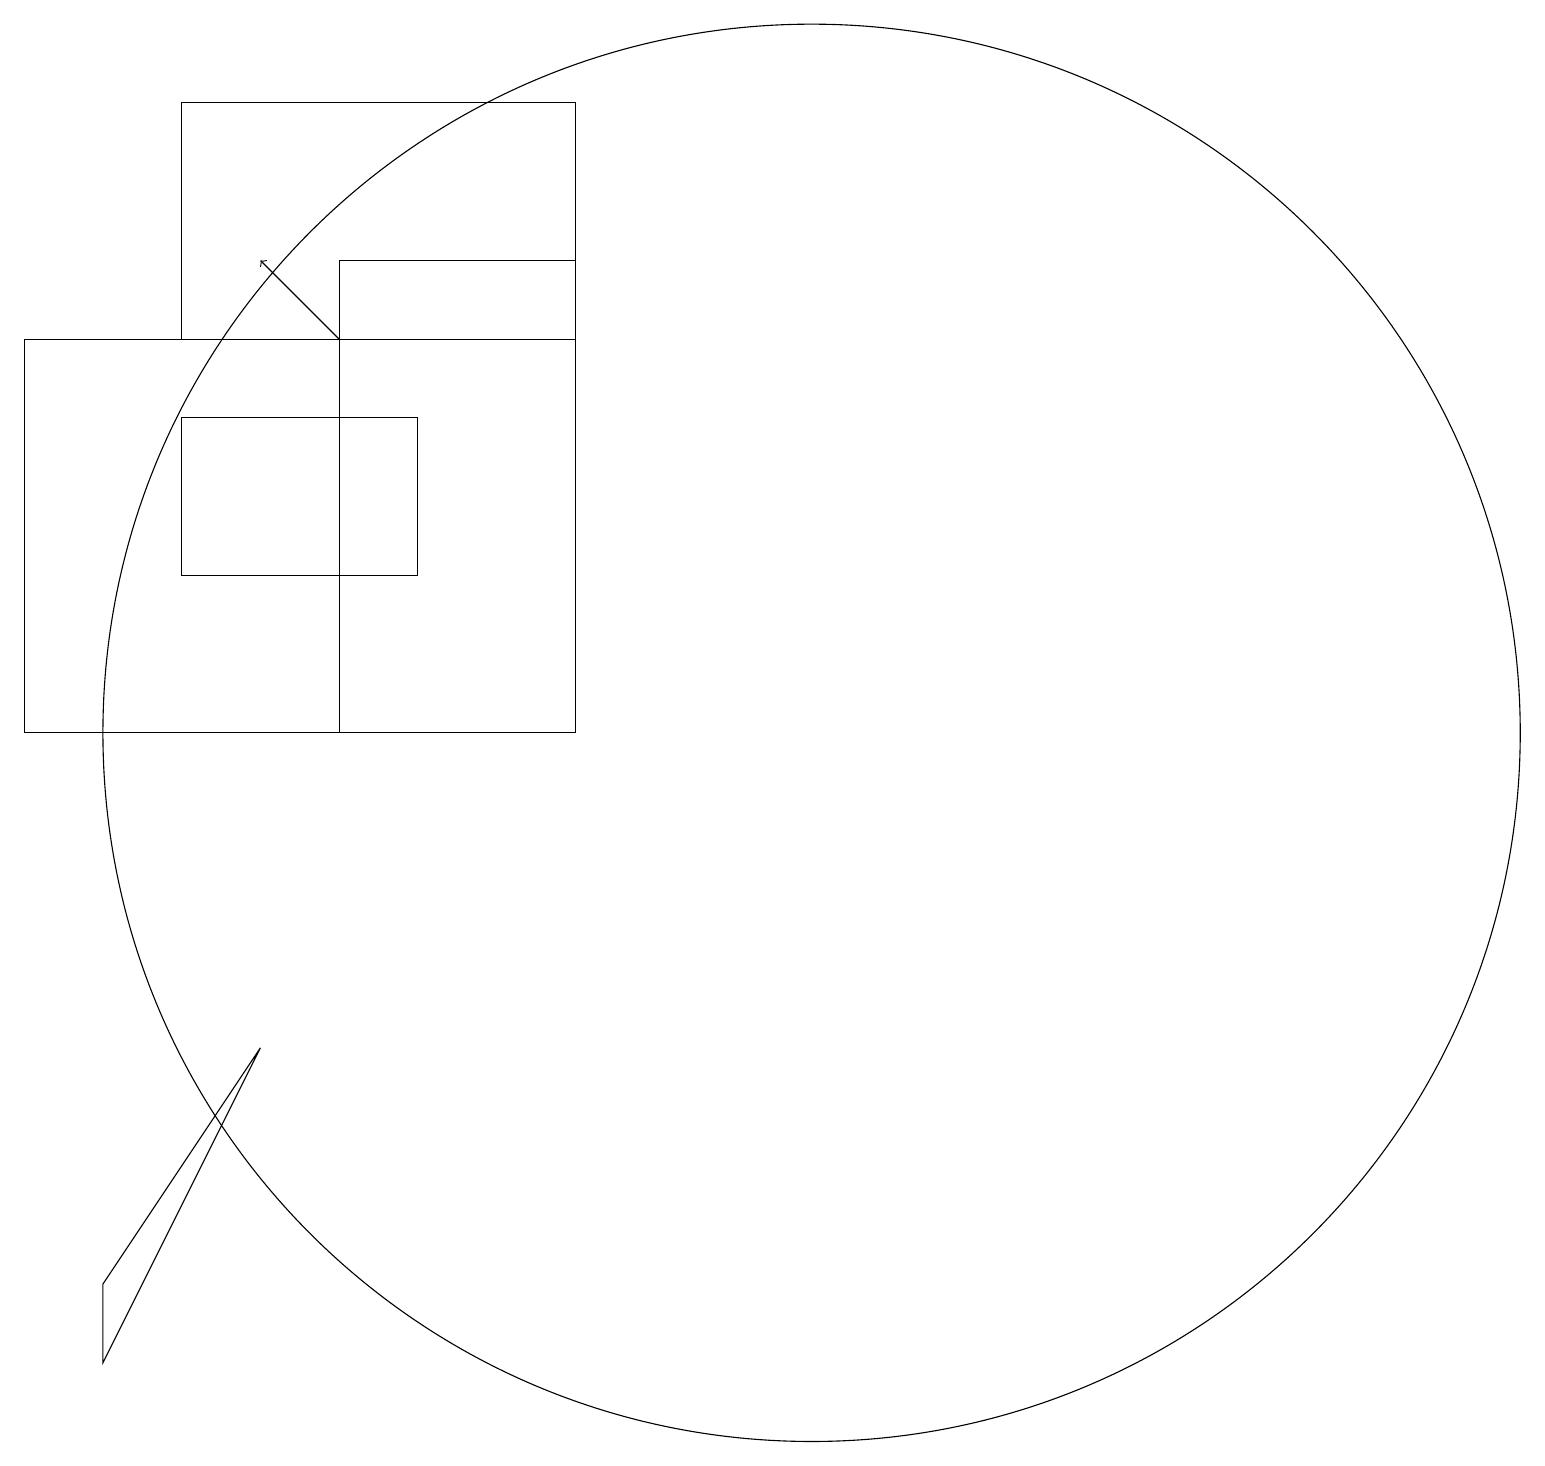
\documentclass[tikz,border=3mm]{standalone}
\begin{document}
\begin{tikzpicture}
\draw (8,11) rectangle (5,17);
\draw (3,16) rectangle (8,19);
\draw (6,13) rectangle (3,15);
\draw (2,3) -- (2,4) -- (4,7) -- cycle;
\draw[->] (5,16) -- (4,17);
\draw (11,11) circle (9);
\draw (8,16) rectangle (1,11);
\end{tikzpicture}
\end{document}